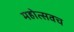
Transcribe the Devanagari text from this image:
महोत्सवच